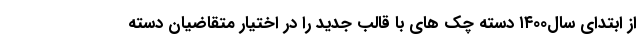
از ابتدای سال۱۴۰۰ دسته چک های با قالب جدید را در اختیار متقاضیان دسته